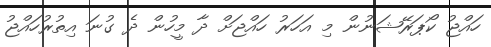
ހައްޖު ކޯޕަރޭޝަނުން މި އަހަރު ހައްޖަށް ދާ މީހުން ދެ ގުނަ އިތުރުހައްޖު